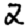
Digit: 2